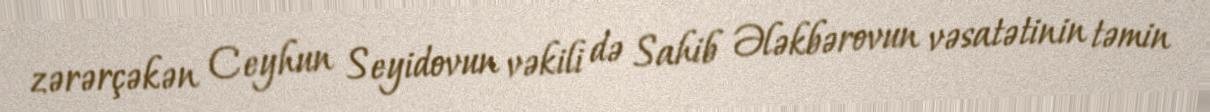
zərərçəkən Ceyhun Seyidovun vəkili də Sahib Ələkbərovun vəsatətinin təmin